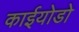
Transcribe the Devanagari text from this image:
काईयोडो